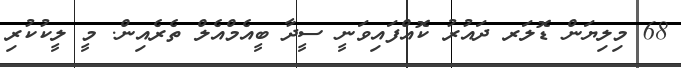
68 މިިލިޔަން ޑޮލަރ ދައުރު ކޮއްފައިވަނީ ސީދާ ބީއެމްއެލް ތެރެއިން. މީ ލީކުކުރި